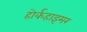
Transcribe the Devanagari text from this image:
होर्कहाइमर